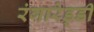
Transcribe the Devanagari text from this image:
रंगारेड्‍डी